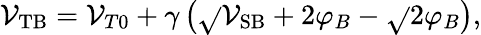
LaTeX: \mathcal{V}_{\mathrm{{TB}}}=\mathcal{V}_{T0}+\gamma\left({\sqrt{}{{\mathcal{V}_{\mathrm{{SB}}}+2\varphi_{B}}}}-{\sqrt{}{{2\varphi_{B}}}}\right),